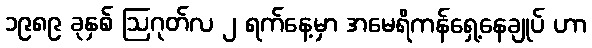
၁၉၈၉ ခုနှစ် ဩဂုတ်လ ၂ ရက်နေ့မှာ အမေရိကန်ရှေ့နေချုပ် ဟာ